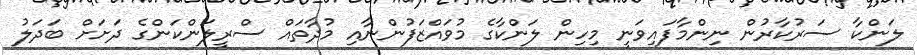
ލަންކާ ސަރުކާރުން ނިންމާފައިވަނީ މިހިން ލަންކާގެ މުވައްޒަފުންނާއި މުދާތައް ސްރީލަންކަންގެ ދަށަށް ބަދަލު